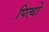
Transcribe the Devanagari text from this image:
पित्थो